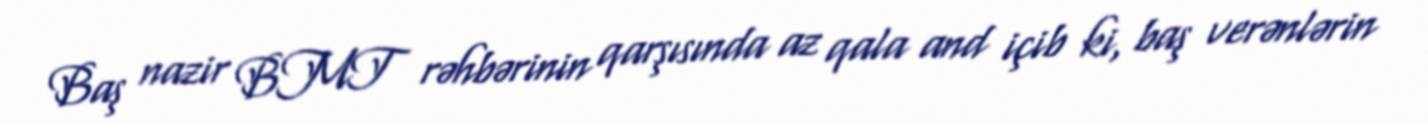
Baş nazir BMT rəhbərinin qarşısında az qala and içib ki, baş verənlərin